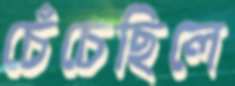
চেঁচেছিলে